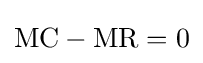
{\text{MC}}-{\text{MR}}=0